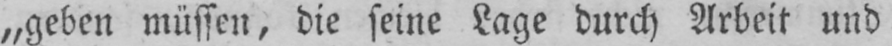
„geben müssen, die seine Lage durch Arbeit und